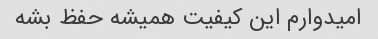
امیدوارم این کیفیت همیشه حفظ بشه